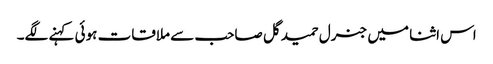
اس اثنا میں جنرل حمید گل صاحب سے ملاقات ہوئی کہنے لگے۔